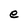
Character: e